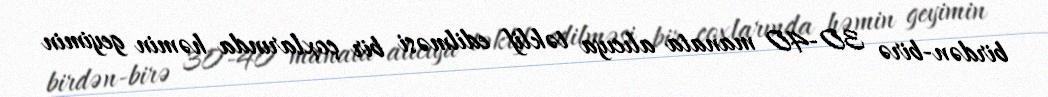
birdən-birə 30-40 manata alıcıya təklif edilməsi bir çoxlarında həmin geyimin